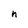
Character: h